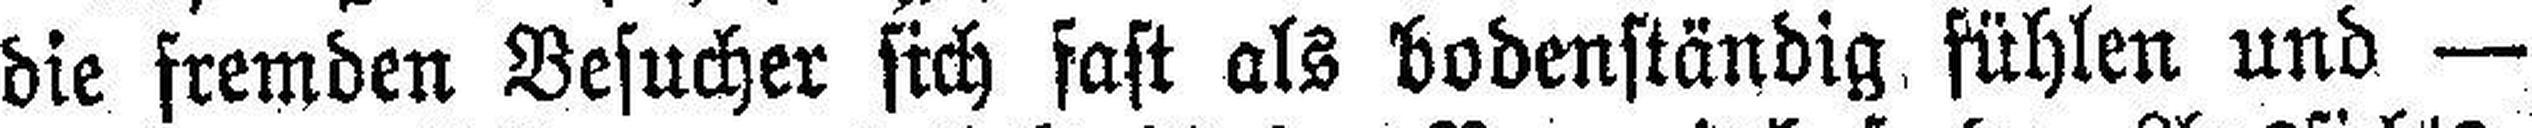
die fremden Besucher sich fast als bodenständig Wien und —